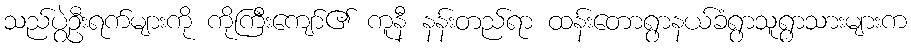
သည်ပွဲဦးရက်များကို ကိုကြီးကျော်၏ ကူနီ နန်းတည်ရာ ထန်းတောရွာနယ်ခံရွာသူရွာသားများက